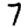
Digit: 7